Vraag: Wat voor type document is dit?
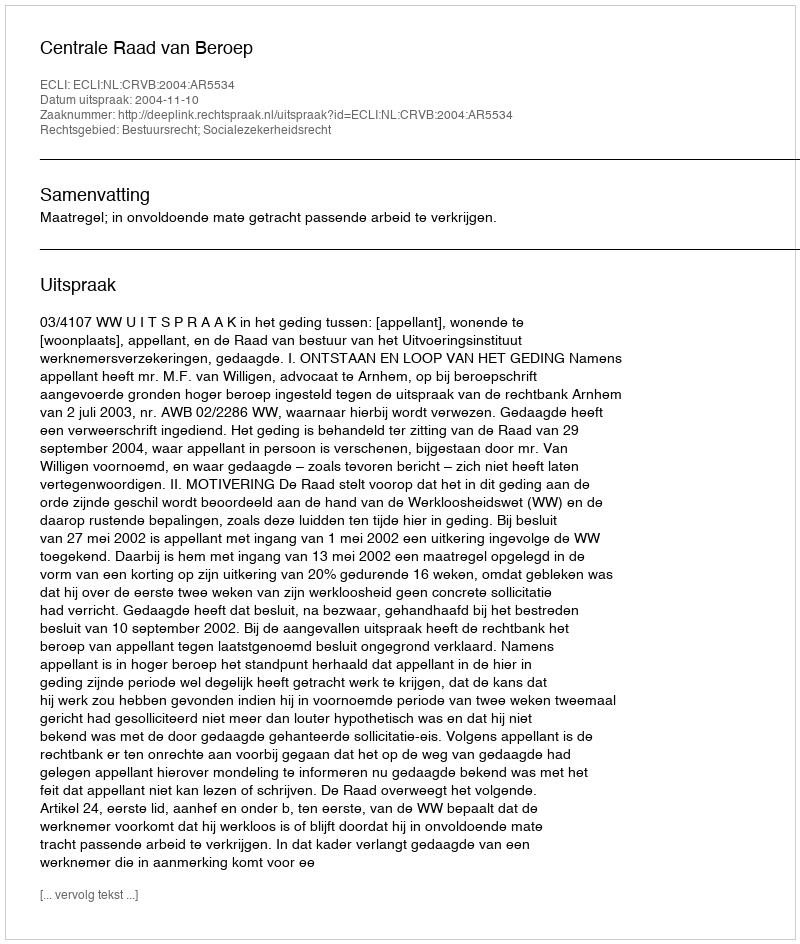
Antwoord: Uitspraak